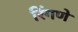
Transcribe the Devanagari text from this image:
रिंगणे